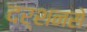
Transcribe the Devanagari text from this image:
दर्शनसे